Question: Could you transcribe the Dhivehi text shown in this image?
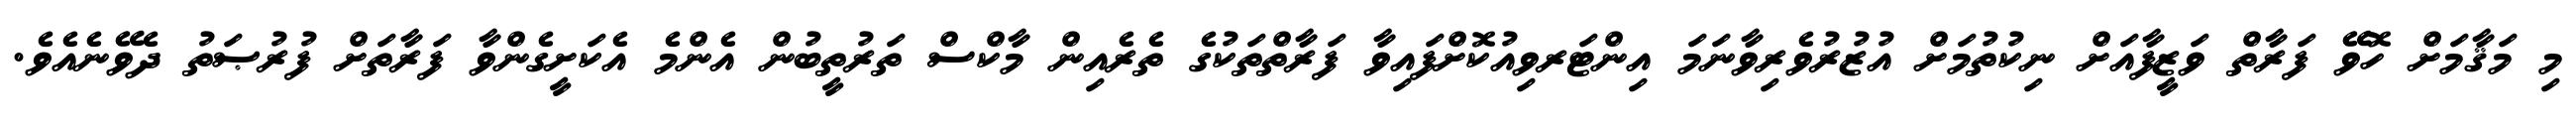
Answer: މި މަޤާމަށް ހޮވޭ ފަރާތް ވަޒީފާއަށް ނިކުތުމަށް އުޒުރުވެރިވާނަމަ އިންޓަރވިއުކޮށްފައިވާ ފަރާތްތަކުގެ ތެރެއިން މާކްސް ތަރުތީބުން އެންމެ އެކަށީގެންވާ ފަރާތަށް ފުރުޞަތު ދެވޭނެއެވެ.